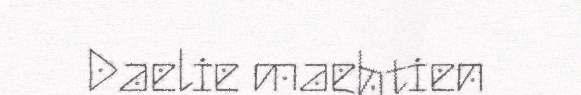
Daelie maehtien